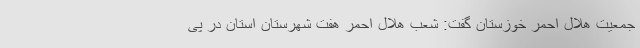
جمعیت هلال احمر خوزستان گفت: شعب هلال احمر هفت شهرستان استان در پی